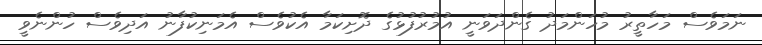
ނަމަވެސް މަހާތީރު މުހަންމަދު ގެންދަވަނީ އުމުރުފުޅުގެ ދޮށިކަމާ އެކުވެސް އެމަނިކުފާނު އަދިވެސް ހުންނެވީ